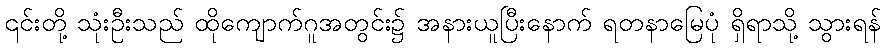
၎င်းတို့ သုံးဦးသည် ထိုကျောက်ဂူအတွင်း၌ အနားယူပြီးနောက် ရတနာမြေပုံ ရှိရာသို့ သွားရန်